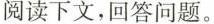
阅读下文，回答问题。